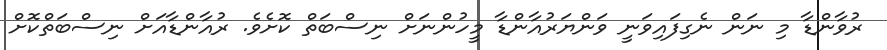
ރުވާންޑާ މި ނަން ނެގިފައިވަނީ ވަންޔަރުއާންޑާ މީހުންނަށް ނިސްބަތް ކޮށެވެ. ރުއާންޑާއަށް ނިސްބަތްކޮށް